Annual report on the lock hospitals of the Madras Presidency
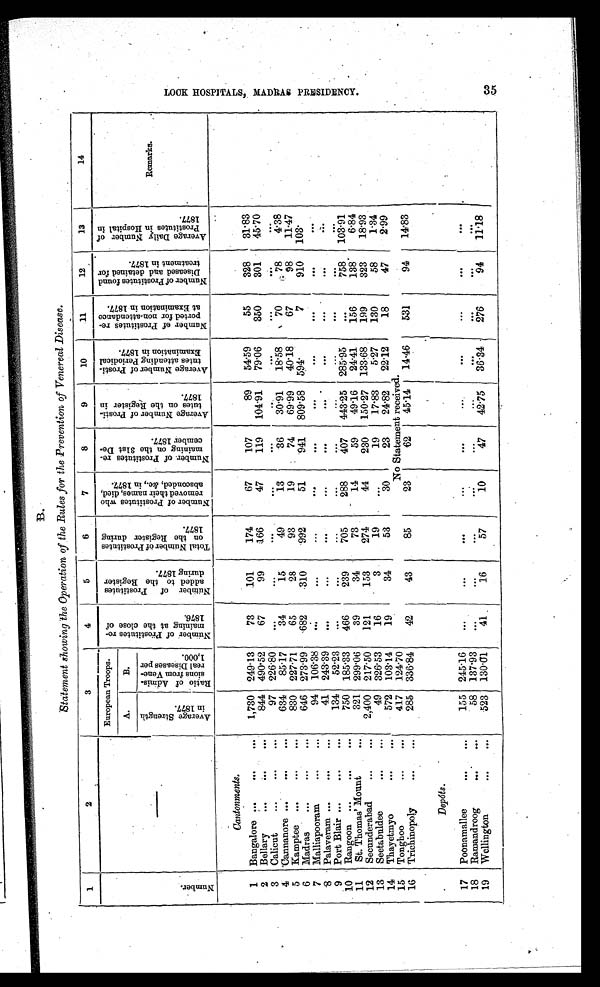
B.
Statement showing the Operation of the Rules for the Prevention of Venereal Disease.
1
2
3
4
5
6
7
8
9
10
.11
12
13
14
N u m b e r .
—
European Troops.
N u m b e r o f P r o s t i t u t e s r e m a i n i n g a t t h e c l o s e o f 1 8 7 6 .
N u m b e r o f P r o s t i t u t e s a d d e d t o t h e R e g i s t e r d u r i n g 1 8 7 7 .
T o t a l N u m b e r o f P r o s t i t u t e s o n t h e R e g i s t e r d u r i n g 1 8 7 7 .
N u m b e r o f P r o s t i t u t e s w h o r e m o v e d t h e i r n a m e s , d i e d , a b s c o n d e d , & a m p ; c , . i n 1 8 7 7 .
N u m b e r o f P r o s t i t u t e s r e m a i n i n g o n t h e 3 1 s t D e c e m b e r 1 8 7 7 .
A v e r a g e N u m b e r o f P r o s t i t u t e s o n t h e R e g i s t e r i n 1 8 7 7 . A v e r a g e N u m b e r o f P r o s t i t u t e s a t t e n d i n g P e r i d i c a l E x a m i n a t i o n i n 1 8 7 7 .
N u m b e r o f P r o s t i t u t e s r e p o r t e d f o r n o n - a t t e n d a n c e a t E x a m i n a t i o n i n 1 8 7 7 .
N u m b e r o f P r o s t i t u t e s f o u n d D i s e a s e d a n d d e t a i n e d f o r t r e a t m e n t i n 1 8 7 7 .
A v e r a g e D a i l y N u m b e r o f P r o s t i t u t e s i n H o s p i t a l i n 1 8 7 7 .
Remarks.
A.
B.
A v e r a g e S t r e n g t h i n 1 8 7 7 s .
R a t i o o f A d m i s s i o n s f r o m V e n e r e a l D i s e a s e s p e r 1 , 0 0 0 .
Cantonments.
1 Bangalore...
...
...
1,730 249·13
73
101
174
67
107
89
54·59
55
328
31·83
2 Bellary
...
...
...
844 490·52
67
99
166
47
119 104·91
79·06
350
301
45·70
3 Calicut
...
...
...
97 226·80
...
. . .
. . .
. . .
. . .
. . .
. . .
. . .
. . .
. . .
4 Cannanore ...
....
...
634
85·17
34
15
49
13
36
30·91
18·58
70
78
4·38
5 Kamptee ...
...
...
830 227·71
65
28
93
19
74
69·99
40·18
67
98
11·47
6 Madras
...
...
...
646 273·99
682
310
992
51
941 809·58 594·
7
910 103·
7 Malliapooram
...
...
...
94 106·38
. . .
. . .
...
. . .
. . .
. . .
. . .
. . .
. . .
. . .
8 Palaveram...
...
...
41 243·39
...
...
. . .
. . .
. . .
. . .
. . .
. . .
. . .
. . .
9 Port Blair ...
...
...
134 52·23
. . .
...
...
. . .
...
...
...
. . .
. . .
. . .
10 Rangoon ...
...
...
750 185·33
466
239
705
288
407 443·25 285·95
. . . 758 103·91
11 St. Thomas' Mount
...
...
321 299·06
39
34
73
14
59
49·16
24·41
156
138
6·84
12 Secunderabad
...
...
2,400 217·50
121
153
274
44
230 150·27 133·68
199
323
18·93
13 Seetabuldee
...
...
49 326·53
16
3
19
. . .
19
17·83
5·27
130
58
1·34
14 Thayetmyo
...
...
572 103·14
19
34
53
30
23
24·82
22·12
18
47
2·99
15 Tonghoo
...
...
417 124·70
No Statement received.
16 Triehinopoly
...
...
...
285 336·84
42
43
85
23
62
45·14
14·46
531
94
14·83
D e p ô t s .
17 Poonamallee
...
...
155 245·16
...
. . .
. . .
. . .
. . .
. . .
. . .
. . .
. . .
. . .
18 Ramandroog
...
...
58 137·93
...
. . .
...
. . .
. . .
. . .
. . .
. . .
. . .
. . .
19 Wellington
...
...
523 130·01
41
16
57
10
47
42·75
36·34
276
94
11·18
L O C K H O S P I T A L S , M A D R A S P R E S I D E N C Y .